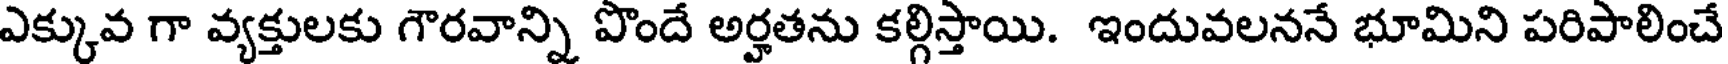
ఎక్కువ గా వ్యక్తులకు గౌరవాన్ని పొందే అర్హతను కల్గిస్తాయి. ఇందువలననే భూమిని పరిపాలించే